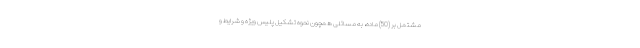
مشتمل بر (50) ماده، به مسائلی همچون نحوه تشکیل پلیس ویژه و شرایط و